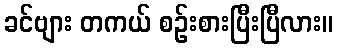
ခင်ဗျား တကယ် စဉ်းစားပြီးပြီလား။